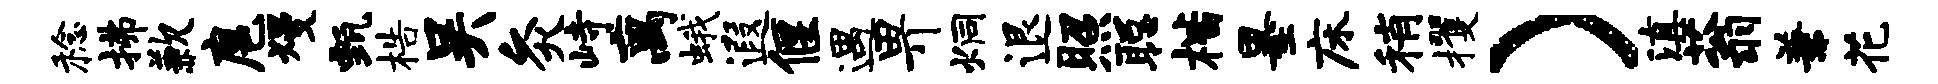
稔拂歉扈熳甄梏吴灸峙离蛾遐偃遇畀炯退照聪楷墨床稍攫）滇蓊兼花